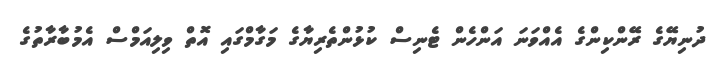
ދުނިޔޭގެ ރޭންކިންގެ އެއްވަނަ އަންހެން ޓެނިސް ކުޅުންތެރިޔާގެ މަގާމްގައި އޮތް ވިލިއަމްސް އެމުބާރާތުގެ